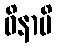
ဝိနာပိ